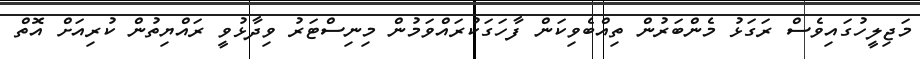
މަޖިލީހުގައިވެސް ރަގަޅު މެންބަރުން ތިއްބެވިކަން ފާހަގަކުރައްވަމުން މިނިސްޓަރު ވިދާޅުވީ ރައްޔިތުން ކުރިއަަށް އޮތް